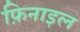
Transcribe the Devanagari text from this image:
फ़िनाइल